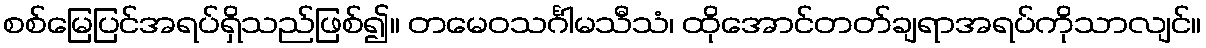
စစ်မြေပြင်အရပ်ရှိသည်ဖြစ်၍။ တမေဝသင်္ဂါမသီသံ၊ ထိုအောင်တတ်ချရာအရပ်ကိုသာလျင်။